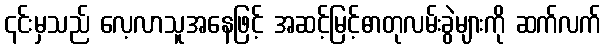
၎င်းမှသည် လေ့လာသူအနေဖြင့် အဆင့်မြင့်ဓာတုလမ်းခွဲများကို ဆက်လက်